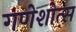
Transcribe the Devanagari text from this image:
गणेशोत्स